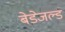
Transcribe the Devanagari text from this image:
बेडेजल्ड